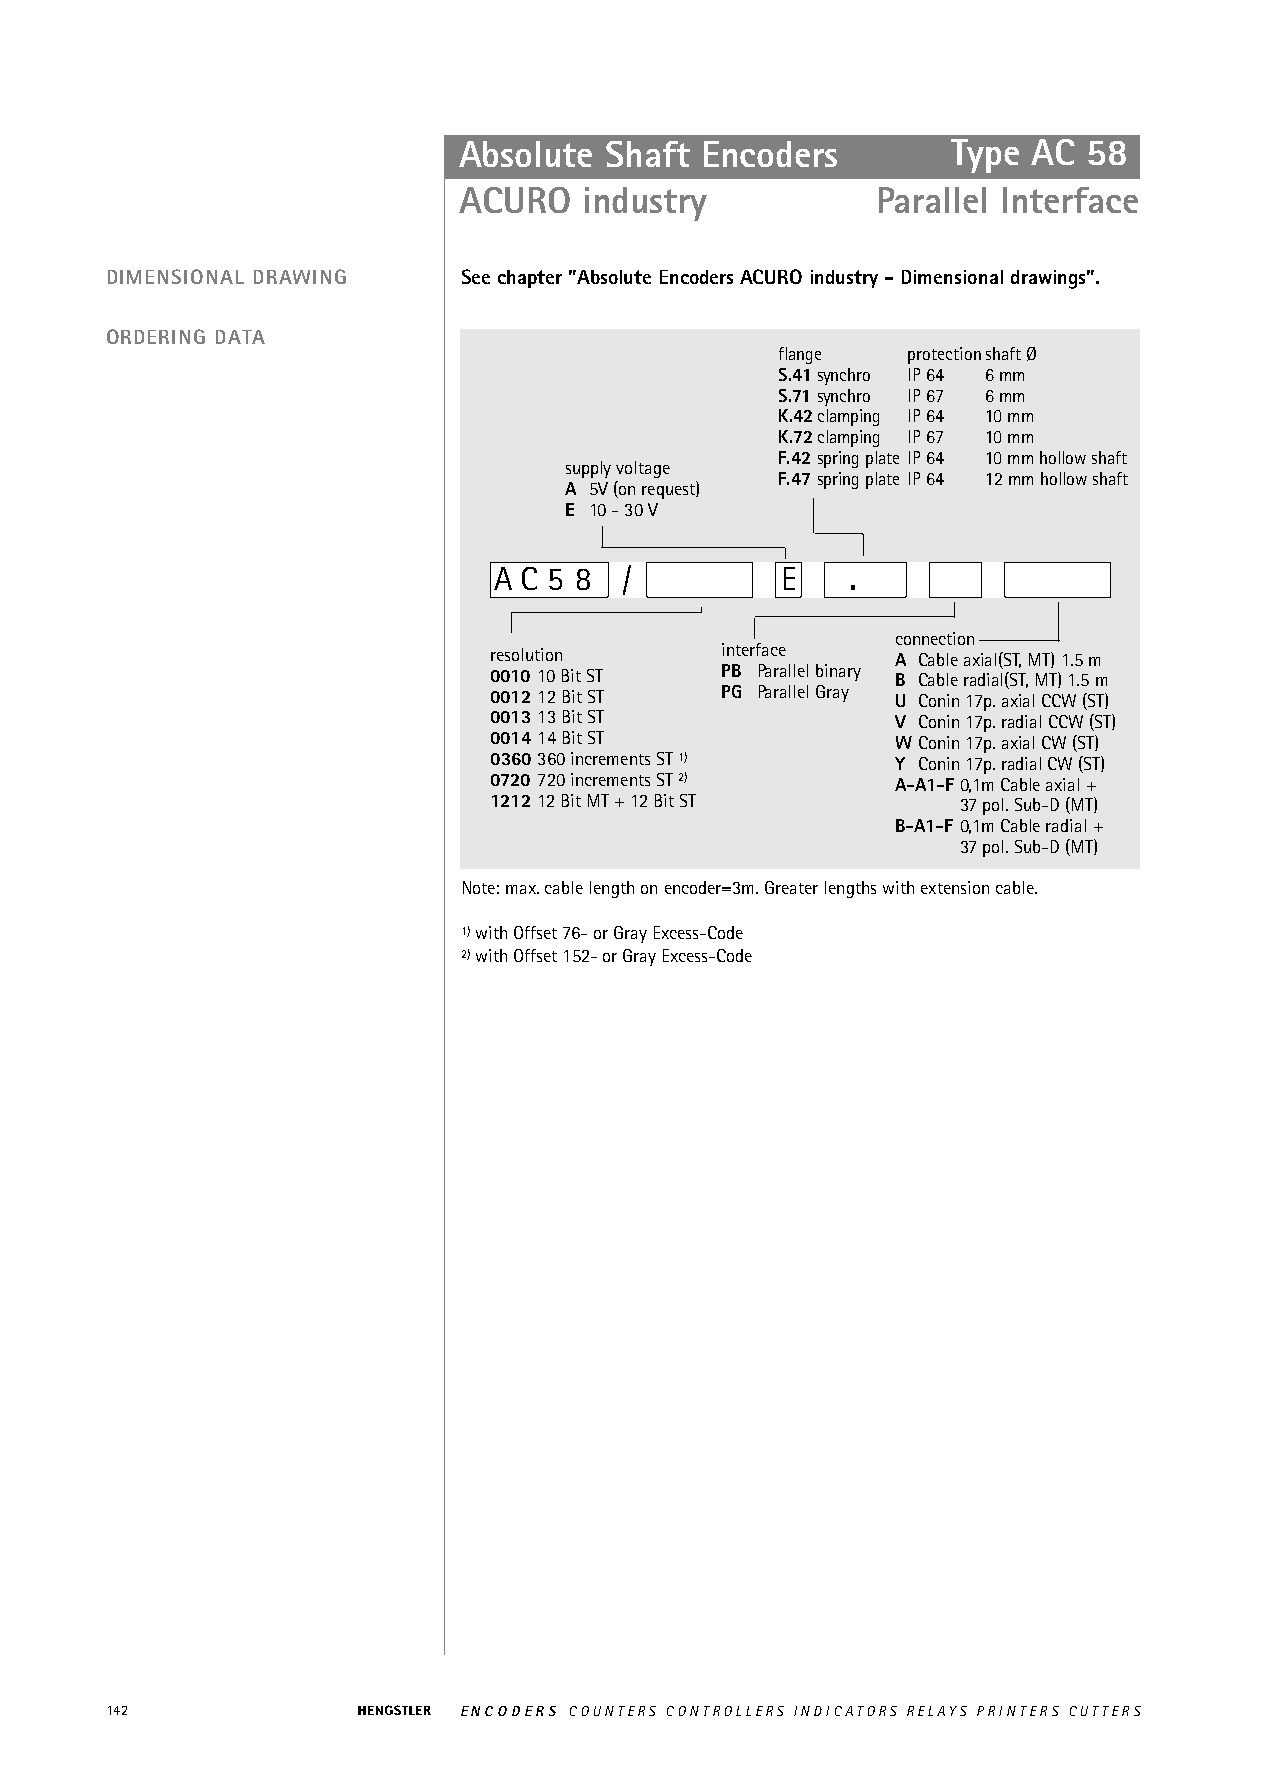
Absolute  Shaft Encoders         Type AC  58
 ACURO    industry           Parallel Interface
 DIMENSIONAL DRAWING    See chapter "Absolute Encoders ACURO industry - Dimensional drawings".
 ORDERING DATA
 flange  protectionshaft Ø
 S.41synchro IP 64 6 mm
 S.71synchro IP 67 6 mm
 K.42clamping IP 64 10 mm
 K.72clamping IP 67 10 mm
 F.42spring plate IP 64 10 mm hollow shaft
 supply voltage
 F.47spring plate IP 64 12 mm hollow shaft
 A 5V (on request)
 E 10 - 30 V
 A C 5 8 /          E   .
 connection
 resolution      interface  A Cable axial(ST, MT) 1.5 m
 0010 10 Bit ST  PB Parallel binary B Cable radial(ST, MT) 1.5 m
 001212 Bit ST   PG Parallel Gray U Conin 17p. axial CCW (ST)
 001313 Bit ST              V Conin 17p. radial CCW (ST)
 001414 Bit ST              W Conin 17p. axial CW (ST)
 0360360 increments ST 1)   Y Conin 17p. radial CW (ST)
 0720 720 increments ST 2)  A-A1-F0,1m Cable axial +
 121212 Bit MT + 12 Bit ST       37 pol. Sub-D (MT)
 B-A1-F 0,1m Cable radial +
 37 pol. Sub-D (MT)
 Note: max. cable length on encoder=3m. Greater lengths with extension cable.
 1)with Offset 76- or Gray Excess-Code
 2)with Offset 152- or Gray Excess-Code
 142                    ENCODERS COUNTERS CONTROLLERS INDICATORS RELAYS PRINTERS CUTTERS